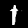
Label: 1